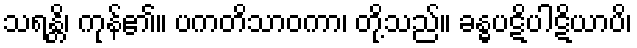
သရန္တိ၊ ကုန်၏။ ပကတိသာဝကာ၊ တို့သည်။ ခန္ဓပဋိပါဋိယာပိ၊